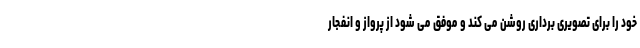
خود را برای تصویری برداری روشن می کند و موفق می شود از پرواز و انفجار